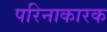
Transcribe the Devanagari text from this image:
परिनाकारक